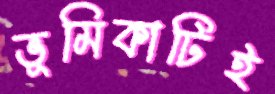
ভূমিকাটিই